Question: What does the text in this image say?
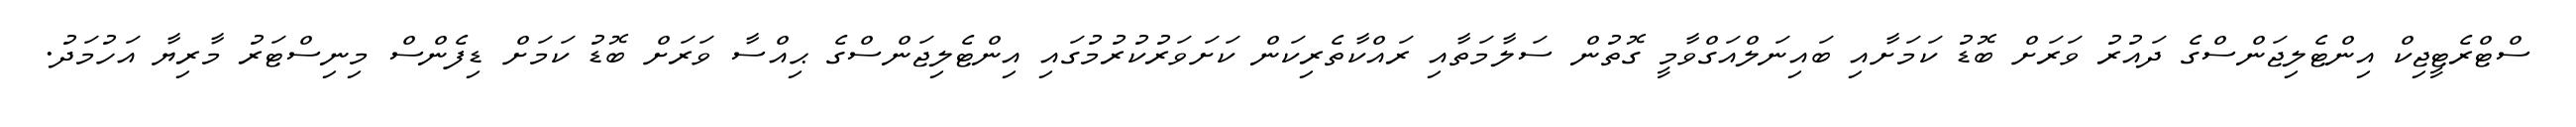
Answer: ސްޓްރެޓީޖިކް އިންޓެލިޖަންސްގެ ދައުރު ވަރަށް ބޮޑު ކަމަށާއި ބައިނަލްއަގްވާމީ ގޮތުން ސަލާމަތާއި ރައްކާތެރިކަން ކަށަވަރުކުރުމުގައި އިންޓެލިޖަންސްގެ ޙިއްސާ ވަރަށް ބޮޑު ކަމަށް ޑިފެންސް މިނިސްޓަރު މާރިޔާ އަހުމަދު.